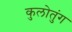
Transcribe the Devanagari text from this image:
कुलोतुंग